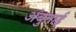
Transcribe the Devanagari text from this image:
अंबुताई